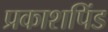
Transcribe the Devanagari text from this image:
प्रकाशपिंड